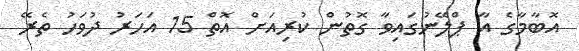
އޮބާމާގެ އާ ޕްލޭނުގައިވާ ގޮތުން ކުރިއަށް އޮތް 15 އަހަރު ދުވަހު ތެރޭ